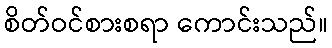
စိတ်ဝင်စားစရာ ကောင်းသည်။